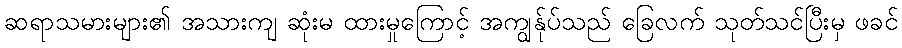
ဆရာသမားများ၏ အသားကျ ဆုံးမ ထားမှုကြောင့် အကျွန်ုပ်သည် ခြေလက် သုတ်သင်ပြီးမှ ဖခင်